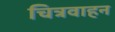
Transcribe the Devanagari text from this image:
चित्रवाहन